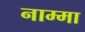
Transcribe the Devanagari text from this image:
नाम्मा